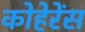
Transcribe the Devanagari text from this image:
कोहेरेंस